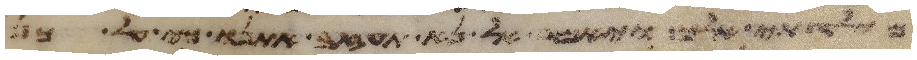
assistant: מולדתי אלך ויאמר אל נא תעזב אתנו כי על